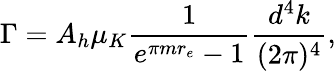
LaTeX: \Gamma=A_{h}\mu_{K}\frac{1}{e^{\pi mr_{e}}-1}\frac{d^{4}k}{(2\pi)^{4}},